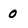
Character: 0